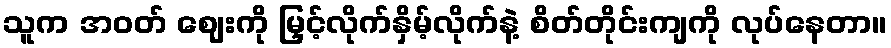
သူက အဝတ် ဈေးကို မြှင့်လိုက်နှိမ့်လိုက်နဲ့ စိတ်တိုင်းကျကို လုပ်နေတာ။